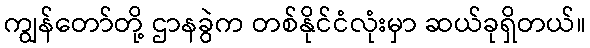
ကျွန်တော်တို့ ဌာနခွဲက တစ်နိုင်ငံလုံးမှာ ဆယ်ခုရှိတယ်။